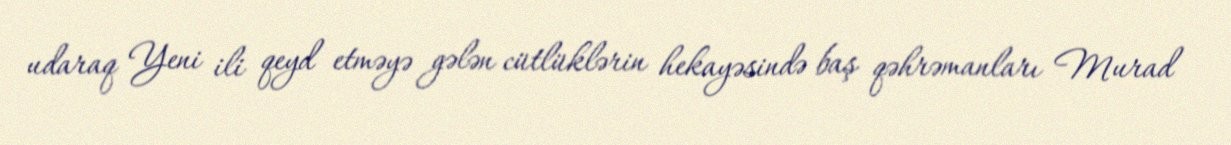
udaraq Yeni ili qeyd etməyə gələn cütlüklərin hekayəsində baş qəhrəmanları Murad